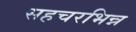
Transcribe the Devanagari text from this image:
सहचरभिन्न